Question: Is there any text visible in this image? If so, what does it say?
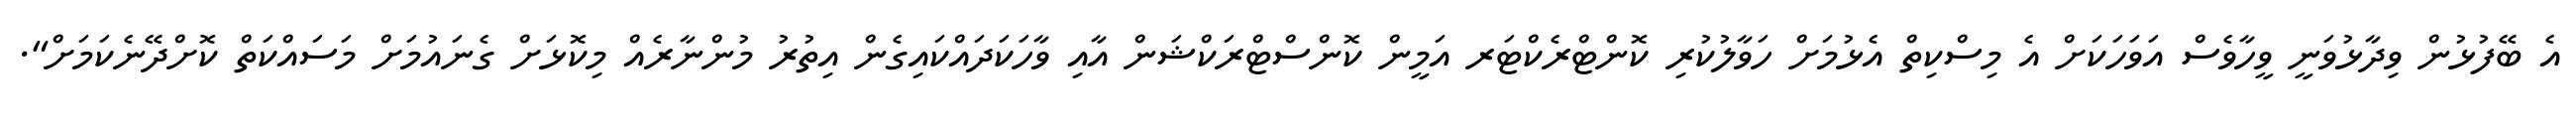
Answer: އެ ބޭފުޅުން ވިދާޅުވަނީ ވީހާވެސް އަވަހަކަށް އެ މިސްކިތް އެޅުމަށް ހަވާލުކުރި ކޮންޓްރެކްޓަރ އަމީން ކޮންސްޓްރަކްޝަން އާއި ވާހަކަދައްކައިގެން އިތުރު މުންނާރެއް މިކޮޅަށް ގެނައުމަށް މަސައްކަތް ކޮށްދޭނެކަމަށް".